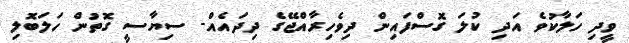
ވީދި ހަލާކުވެ އަދި ކުލަ ގޮސްފައިން ދިވެހިރާއްޖޭގެ ދިދައެއް- ސިޔާސީ ގޮތުން ހަލަބޮލި